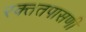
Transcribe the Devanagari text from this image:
रक्ततपासणी